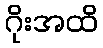
ဂိုးအထိ